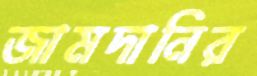
জামদানির